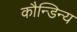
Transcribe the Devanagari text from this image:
कौन्डिन्य